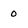
Character: 0